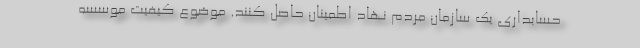
حسابداری یک سازمان مردم نهاد اطمینان حاصل کنند. موضوع کیفیت موسسه